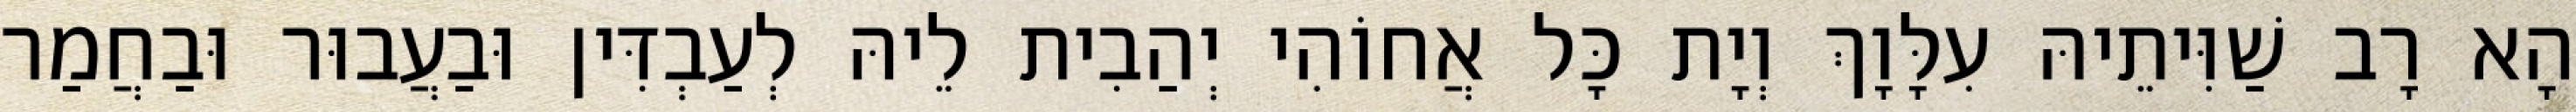
הָא רָב שַׁוִּיתֵיהּ עִלָּוָךְ וְיָת כָּל אֲחוֹהִי יְהַבִית לֵיהּ לְעַבְדִּין וּבַעֲבוּר וּבַחֲמַר